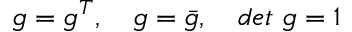
g = g ^ { T } , \quad g = \bar { g } , \quad d e t \, \, g = 1